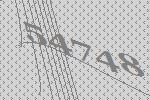
54748